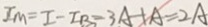
I _ { B } = I - I _ { B } = 3 A + A = 2 A